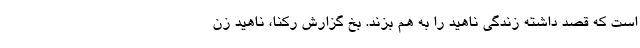
است که قصد داشته زندگی ناهید را به هم بزند. بخ گزارش رکنا، ناهید زن